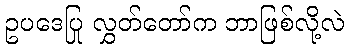
ဥပဒေပြု လွှတ်တော်က ဘာဖြစ်လို့လဲ